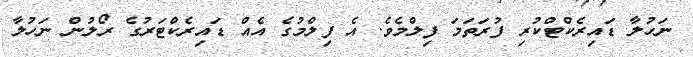
ނަހުލާ ޑައިރެކްޓްކުރި ފުރަތަމަ ފިލްމެވެ. އެ ފިލްމުގެ އެއް ޑައިރެކްޓަރުގެ ރޯލުން ނަހުލާ